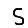
Digit: 5